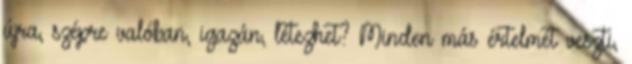
újra, szépre valóban, igazán, létezhet? Minden más értelmét veszti,